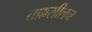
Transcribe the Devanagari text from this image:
तफ़सीलन